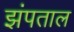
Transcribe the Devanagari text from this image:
झंपताल